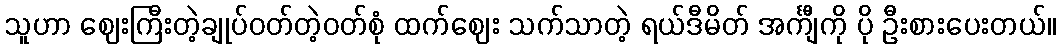
သူဟာ ဈေးကြီးတဲ့ချုပ်ဝတ်တဲ့ဝတ်စုံ ထက်ဈေး သက်သာတဲ့ ရယ်ဒီမိတ် အင်္ကျီကို ပို ဦးစားပေးတယ်။